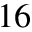
^ { 1 6 }